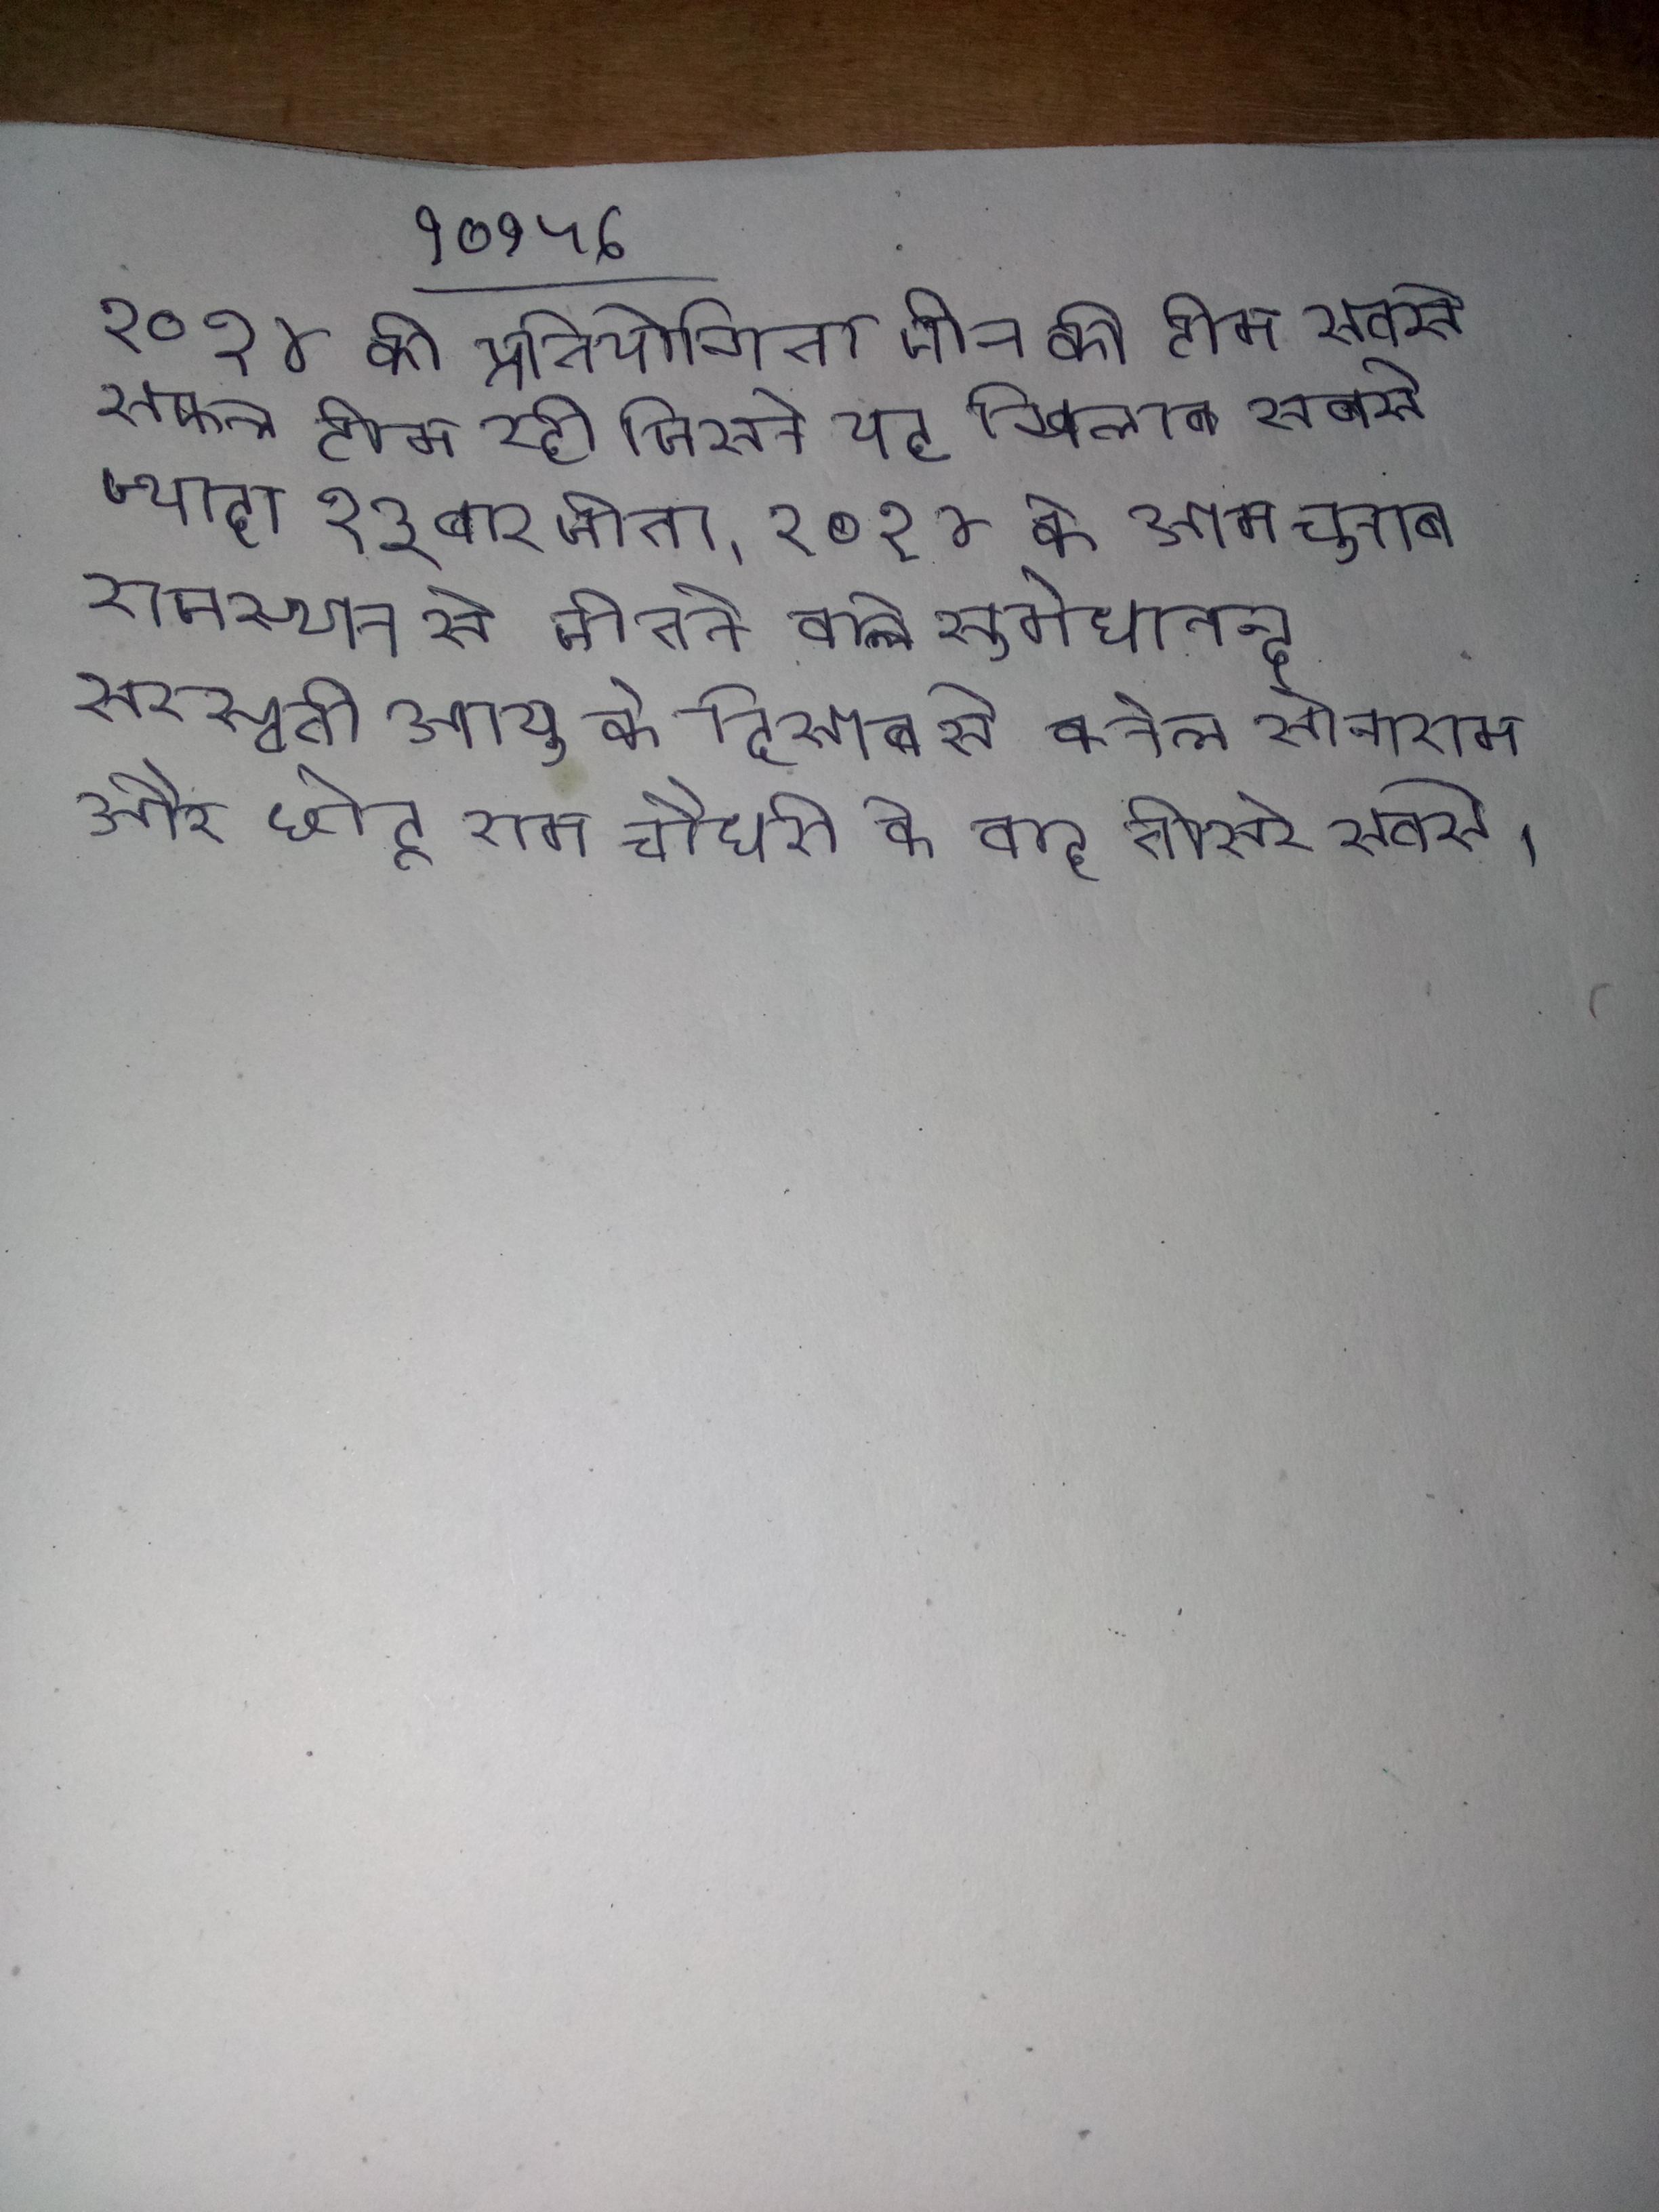
२०१४ की प्रतियोगिता चीन की टीम सबसे सफल टीम रही जिसने यह खिताब सबसे ज्यादा १३ बार जीता । २०१४ के आम चुनाव राजस्थान से जीतने वाले सुमेधानन्द सरस्वती आयु के हिसाब से कर्नल सोनाराम और छोटू राम चौधरी के बाद तीसरे सबसे ।